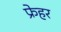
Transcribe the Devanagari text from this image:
फ्रेहर